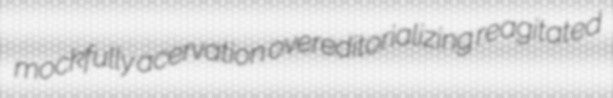
mockfully acervation overeditorializing reagitated